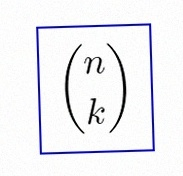
\binom{n}{k}